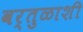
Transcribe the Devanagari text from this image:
वर्तुळाशी